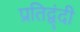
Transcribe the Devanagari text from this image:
प्रतिद्व्ंदी